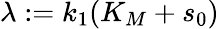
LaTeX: \lambda:=k_{1}(K_{M}+s_{0})